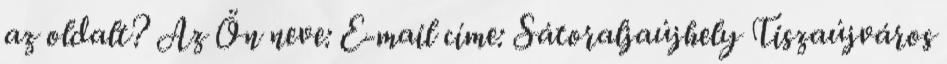
az oldalt? Az Ön neve: E-mail címe: Sátoraljaújhely Tiszaújváros